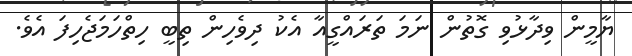
ޔާމީން ވިދާޅުވި ގޮތުން ނަމަ ތަރައްގީއާ އެކު ދިވެހިން ތިބީ ހިތްހަމަޖެހިފަ އެވެ.